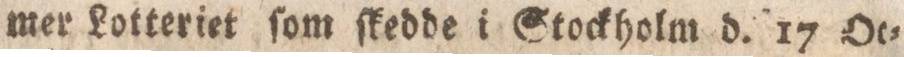
mer Lotteriet ſom ſkedde i Stockholm d. 17 Oc=